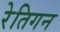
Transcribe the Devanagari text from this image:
रेतिगन